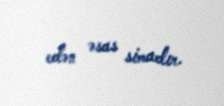
edən əsas simadır.